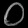
Digit: ၀